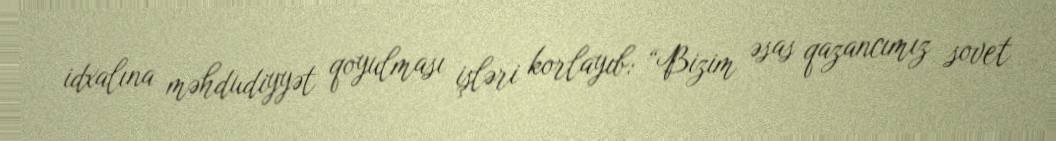
idxalına məhdudiyyət qoyulması işləri korlayıb: “Bizim əsas qazancımız sovet